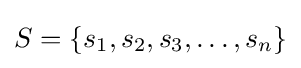
S=\{s_{1},s_{2},s_{3},\dots ,s_{n}\}